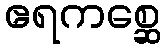
ဧရကစ္ဆေ